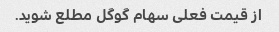
از قیمت فعلی سهام گوگل مطلع شوید.